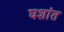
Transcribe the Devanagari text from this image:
घशांत